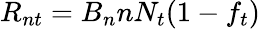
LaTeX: R_{nt}=B_{n}nN_{t}(1-f_{t})